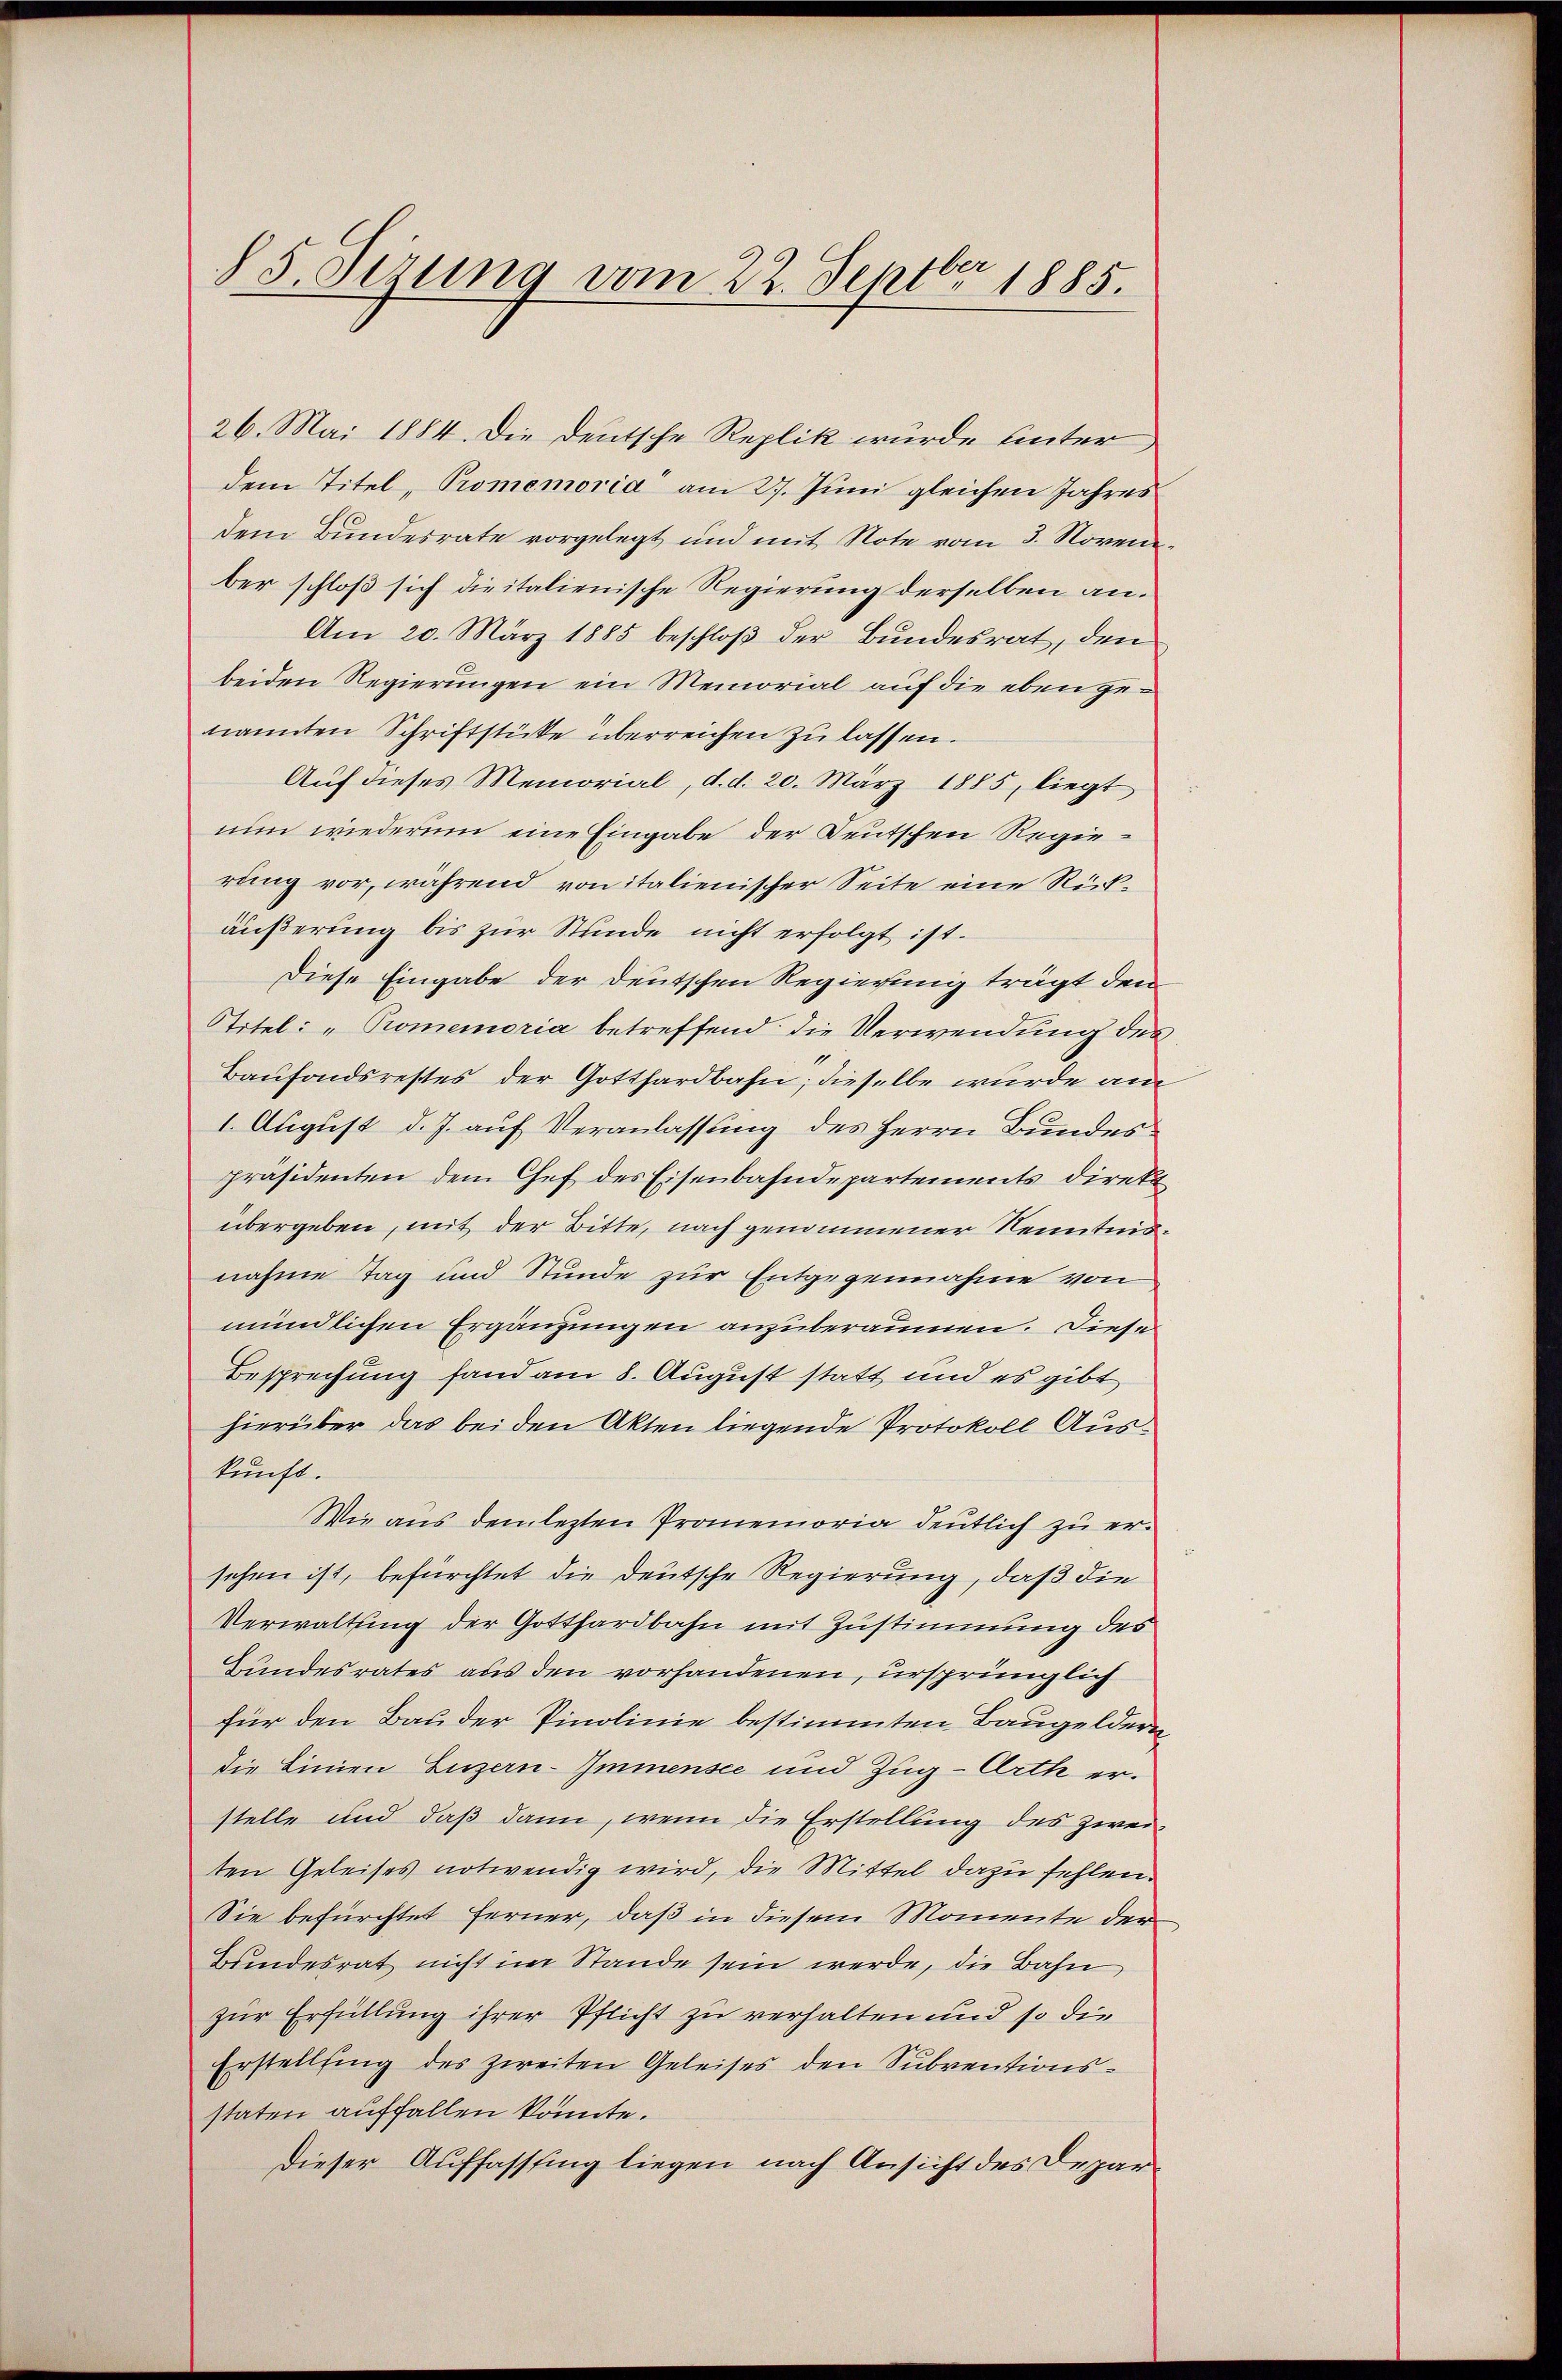
§ 5 Sezung vom 22. Septbr. 1885.

26. Mai 1884. Die Deutsche Replik wurde unterdem Titel, Promemoria am 27. Juni gleichen Jahres
dem Bundesrate vorgelegt und mit Note vom 3. Novem
ber schloß sich die italienische Regierung derselben an.
Am 20. März 1885 beschloß der Bundesrat, den
beiden Regierungen ein Memorial auf die eben genannten Schriftstücke überreichen zu lassen.
Auf dieses Memorial, d. d. 20. März 1885, liegt
nun wiederum eine Eingabe der Deutschen Regierung vor, während von italienischer Seite eine Rückäußerung bis zur Stunde nicht erfolgt ist.
Diese Eingabe der Deutschen Regierung trägt den
Titel: „Promemoria betreffend die Verwendung des
Baufondsrestes der Gotthardbahn; dieselbe wurde am
1. August d. J. auf Veranlassung des Herrn Bundes
präsidenten dem Chef des Eisenbahndepartements direkt
übergeben, mit der Bitte, nach genommener Kenntnisnahme Tag und Stunde zur Entgegennahme von
mündlichen Ergänzungen anzuberäumen. Diese
Besprechung fand am 8. August statt und es gibt
hierüber das bei den Akten liegende Protokoll Auskunft.
Wie aus dem lezten Promemoria deutlich zu ersehen ist, befürchtet die deutsche Regierung, daß die
Verwaltung der Gotthardbahn mit Zustimmung des
Bundesrates aus den vorhandenen, ursprünglich
für den Bauder Pinolinie bestimmten Baugeldern
die Linien Luzern-Immensee und Zug-Arth erstelle und daß dann, wenn die Erstellung des zweiten Geleises notwendig wird, die Mittel dazu fehlen.
Sie befürchtet ferner, daß in diesem Momente der
Bundesrat nicht im Stande sein werde, die Bahn
zur Erfüllung ihrer Pflicht zu verhalten und so die
Erstellung des zweiten Geleises den Subventionsstaten auffallen könnte.
Dieser Auffasssing liegen nach Ansicht des Depar¬